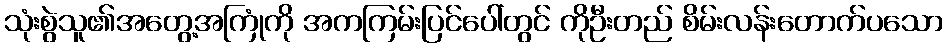
သုံးစွဲသူ၏အတွေ့အကြုံကို အကကြမ်းပြင်ပေါ်တွင် ကိုဦးတည် စိမ်းလန်းတောက်ပသော